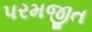
પરમજીત